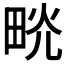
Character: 𤱦